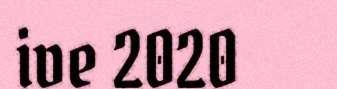
ive 2020